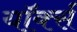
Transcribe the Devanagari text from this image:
यॉर्क्स